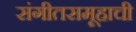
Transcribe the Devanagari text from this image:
संगीतसमूहाची